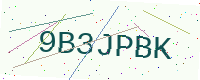
Text: 9B3JPBK